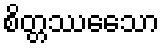
စိတ္တဿေသော